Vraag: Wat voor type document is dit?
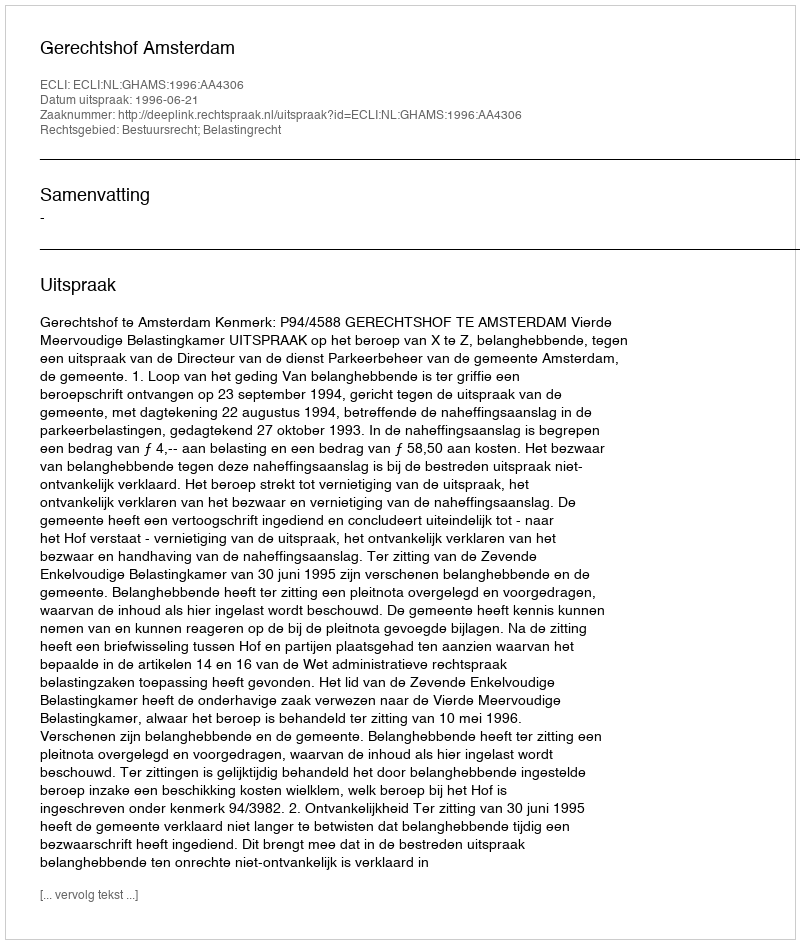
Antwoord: Uitspraak